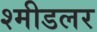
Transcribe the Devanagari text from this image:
श्मीडलर